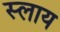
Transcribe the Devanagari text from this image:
स्लाय